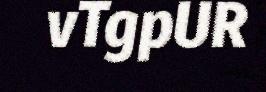
vTgpUR